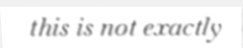
this is not exactly